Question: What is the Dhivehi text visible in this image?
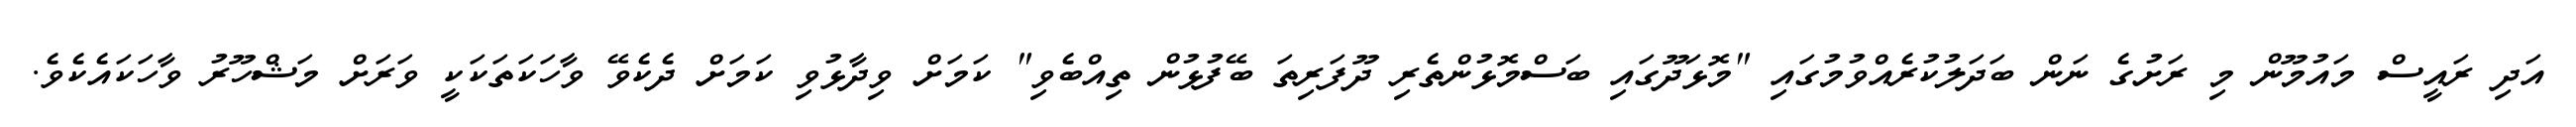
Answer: އަދި ރައީސް މައުމޫން މި ރަށުގެ ނަން ބަދަލުކުރެއްވުމުގައި "މޮޅަދޫގައި ބަސްމޮޅުންތެރި ދޫފަރިތަ ބޭފުޅުން ތިއްބެވި" ކަމަށް ވިދާޅުވި ކަމަށް ދެކެވޭ ވާހަކަތަކަކީ ވަރަށް މަޝްހޫރު ވާހަކައެކެވެ.